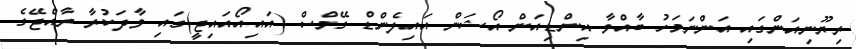
ރިޔޫނިއަންގައި އަންނަމަހު ބާއްވާ އިންޑިއަން އޯޝަން އައިލެންޑް ގޭމްސް (އައިއޯއައިޖީ)ގައި ވާދަކުރާ ރާއްޖޭގެ